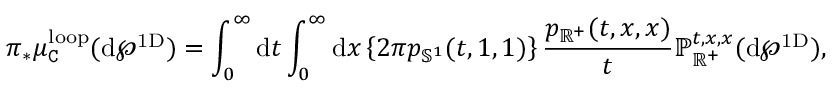
\boldsymbol { \pi } _ { * } \mu _ { \mathtt { C } } ^ { \mathrm { l o o p } } ( \mathrm { d } \wp ^ { \mathrm { 1 D } } ) = \int _ { 0 } ^ { \infty } \mathrm { d } t \int _ { 0 } ^ { \infty } \mathrm { d } x \left\{ 2 \pi p _ { \mathbb { S } ^ { 1 } } ( t , 1 , 1 ) \right\} \frac { p _ { \mathbb { R } ^ { + } } ( t , x , x ) } { t } \mathbb { P } _ { \mathbb { R } ^ { + } } ^ { t , x , x } ( \mathrm { d } \wp ^ { \mathrm { 1 D } } ) ,